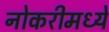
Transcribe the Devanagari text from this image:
नोकरीमध्ये